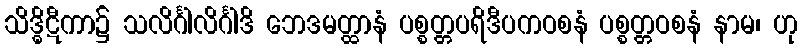
သိဒ္ဓိဋီကာ၌ သလိင်္ဂါလိင်္ဂါဒိ ဘေဒမတ္ထာနံ ပစ္စတ္တပရိဒီပကဝစနံ ပစ္စတ္တဝစနံ နာမ၊ ဟု